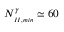
N _ { _ { I I , m i n } } ^ { \gamma } \simeq 6 0